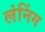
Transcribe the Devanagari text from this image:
लंनिंग